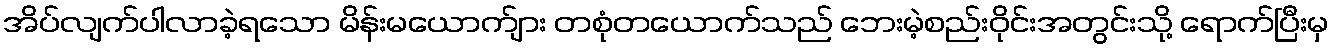
အိပ်လျက်ပါလာခဲ့ရသော မိန်းမယောက်ျား တစုံတယောက်သည် ဘေးမဲ့စည်းဝိုင်းအတွင်းသို့ ရောက်ပြီးမှ